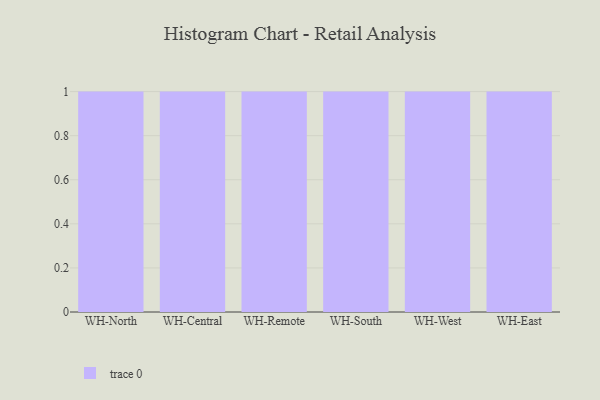
{"axis": {"x": "Warehouse", "y": "Energy Usage (MWh)"}, "legend": [""], "data": [{"x": "WH-North", "y": 18, "type": ""}, {"x": "WH-Central", "y": 96, "type": ""}, {"x": "WH-Remote", "y": 55, "type": ""}, {"x": "WH-South", "y": 12, "type": ""}, {"x": "WH-West", "y": 17, "type": ""}, {"x": "WH-East", "y": 52, "type": ""}]}